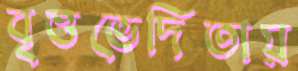
বৃত্তভেদিতায়